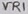
Text: VR1